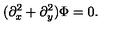
( \partial _ { x } ^ { 2 } + \partial _ { y } ^ { 2 } ) \Phi = 0 .